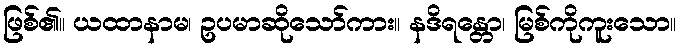
ဖြစ်၏။ ယထာနာမ၊ ဥပမာဆိုသော်ကား။ နဒိရန္တော၊ မြစ်ကိုကူးသော။